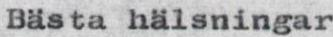
Bästa hälsningar